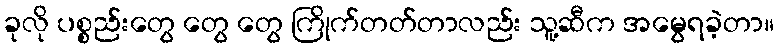
ခုလို ပစ္စည်းတွေ တွေ တွေ ကြိုက်တတ်တာလည်း သူ့ဆီက အမွေရခဲ့တာ။